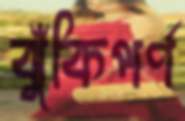
ঝুঁকিপর্ণ